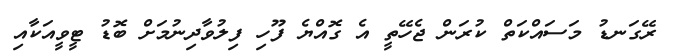
ރޭގަނޑު މަސައްކަތް ކުރަން ޖެހޭތީ އެ ގޮއްޔެ ފޫހި ފިލުވާދިނުމަށް ބޮޑު ޓީވީއަކާއި